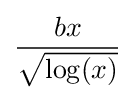
{\dfrac {bx}{\sqrt {\log(x)}}}